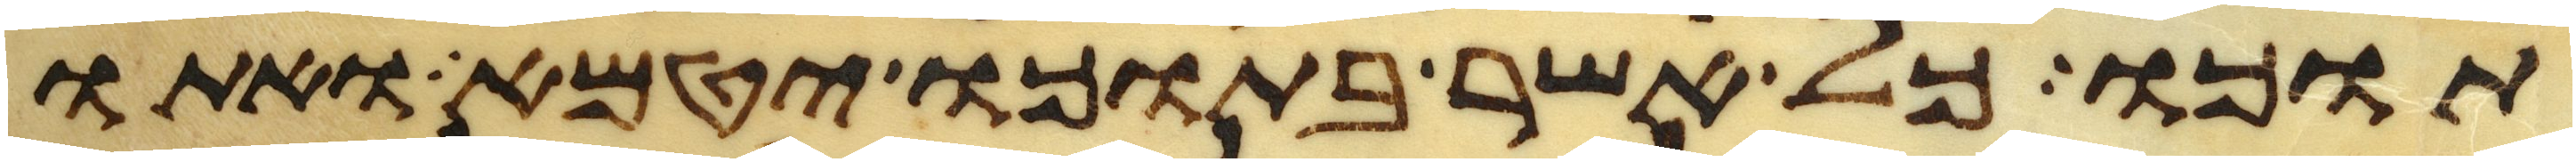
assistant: תוכו כל אשר בתוכו יטמא ואתו